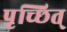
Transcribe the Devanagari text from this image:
पृच्छित्